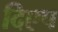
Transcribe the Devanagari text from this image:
दिएप